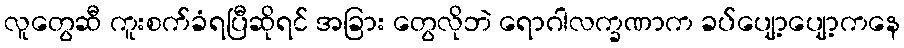
လူတွေဆီ ကူးစက်ခံရပြီဆိုရင် အခြား တွေလိုဘဲ ရောဂါလက္ခဏာက ခပ်ပျော့ပျော့ကနေ